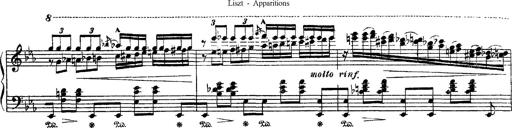
Title: Apparitions
Composer: Franz Liszt